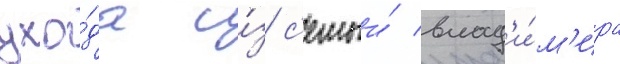
ухо́да и́з с'емьи́ влад'и́м'ира